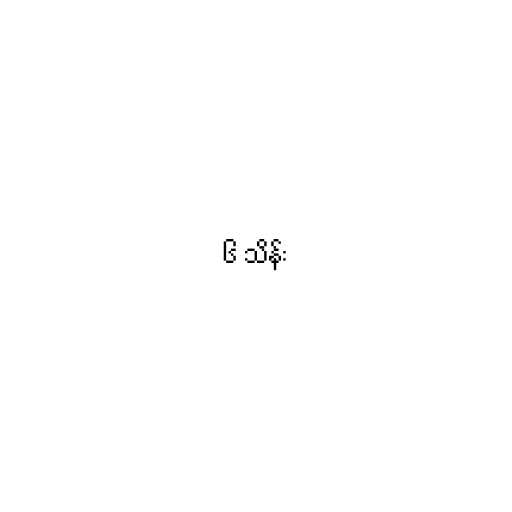
၆ သိန်း